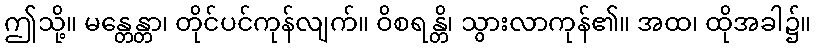
ဤသို့။ မန္တေန္တာ၊ တိုင်ပင်ကုန်လျက်။ ဝိစရန္တိ၊ သွားလာကုန်၏။ အထ၊ ထိုအခါ၌။